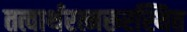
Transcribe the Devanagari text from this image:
तत्वार्थरत्नरूरस्थित